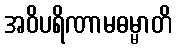
အဝိပရိဏာမဓမ္မာတိ